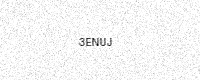
Text: 3ENUJ